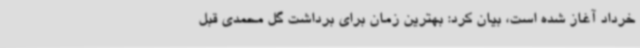
خرداد آغاز شده است، بیان کرد: بهترین زمان برای برداشت گل محمدی قبل